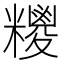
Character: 糭